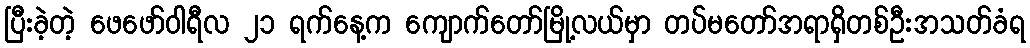
ပြီးခဲ့တဲ့ ဖေဖော်ဝါရီလ ၂၁ ရက်နေ့က ကျောက်တော်မြို့လယ်မှာ တပ်မတော်အရာရှိတစ်ဦးအသတ်ခံရ